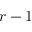
{ r - 1 }